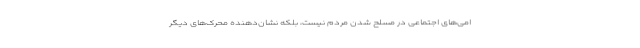
امی‌های اجتماعی در مسلح شدن مردم نیست، بلکه نشان‌دهنده محرک‌های دیگر